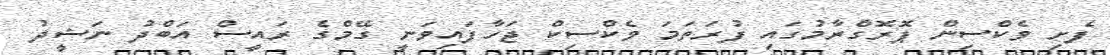
ފެށި ވެކްސިން ޕޮރޮގްރާމުގައި ފުރަތަމަ ވެކްސިކް ޖަހާފައިވަނީ ގޭމްގެ ރައީސް އަބްދު ނަޝީދު